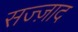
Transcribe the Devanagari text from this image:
सज्ज़ाद